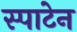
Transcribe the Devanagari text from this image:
स्पाटेन